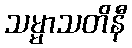
သမ္မာသတိနီ